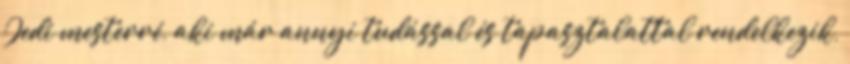
Jedi mesterré, aki már annyi tudással és tapasztalattal rendelkezik,